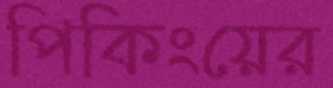
পিকিংয়ের